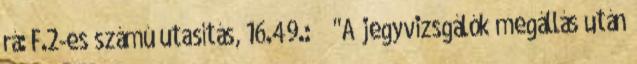
rá: F.2-es számú utasítás, 16.49.: "A jegyvizsgálók megállás után